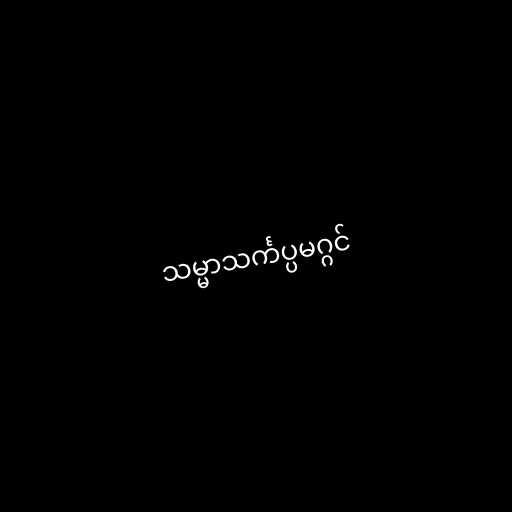
သမ္မာသင်္ကပ္ပမဂ္ဂင်